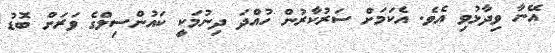
އޭނާ ވިދާޅުވި އެވެ. އެކަމަށް ސަރުކާރުން ހުއްދަ ދިނުމަކީ ކައުންސިލްގެ ވަރަށް ބޮޑު